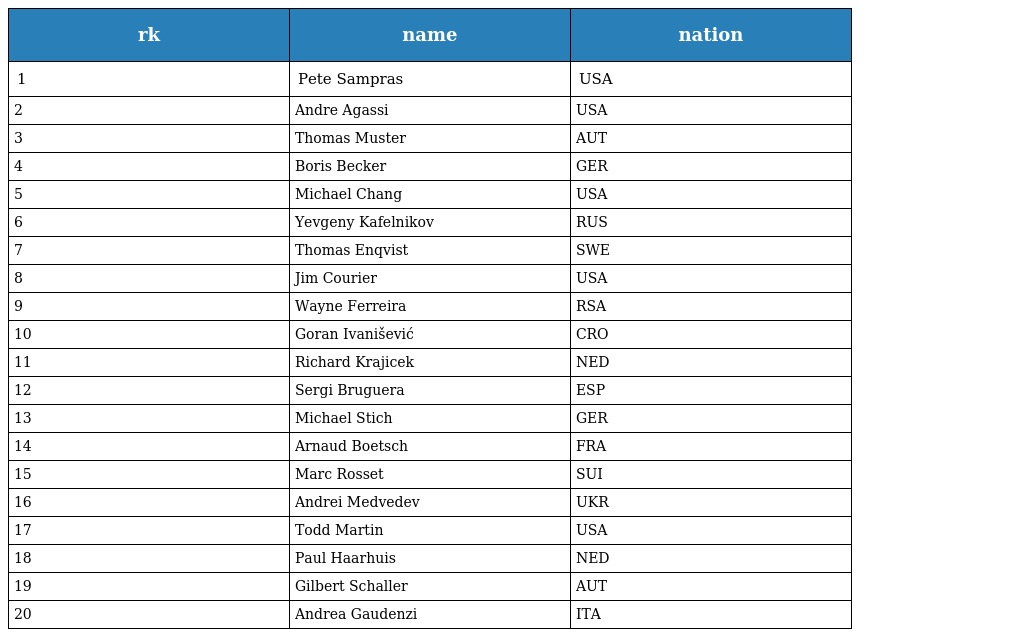
| rk | name | nation |
 | --- | --- | --- |
 | 1 | Pete Sampras | USA |
 | 2 | Andre Agassi | USA |
 | 3 | Thomas Muster | AUT |
 | 4 | Boris Becker | GER |
 | 5 | Michael Chang | USA |
 | 6 | Yevgeny Kafelnikov | RUS |
 | 7 | Thomas Enqvist | SWE |
 | 8 | Jim Courier | USA |
 | 9 | Wayne Ferreira | RSA |
 | 10 | Goran Ivanišević | CRO |
 | 11 | Richard Krajicek | NED |
 | 12 | Sergi Bruguera | ESP |
 | 13 | Michael Stich | GER |
 | 14 | Arnaud Boetsch | FRA |
 | 15 | Marc Rosset | SUI |
 | 16 | Andrei Medvedev | UKR |
 | 17 | Todd Martin | USA |
 | 18 | Paul Haarhuis | NED |
 | 19 | Gilbert Schaller | AUT |
 | 20 | Andrea Gaudenzi | ITA |